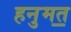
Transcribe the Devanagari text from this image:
हनुमत॒